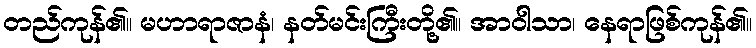
တည်ကုန်၏။ မဟာရာဇာနံ၊ နတ်မင်းကြီးတို့၏။ အာဝါသာ၊ နေရာဖြစ်ကုန်၏။